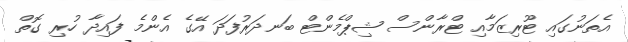
އެތަނުގައި ޓޫރިޒަމާއި ޓްރާންސް ޝިޕްމެންޓް ބަނދަރުފަދަ އޭގެ އެންމެ ފައިދާ ހުރި ގޮތް